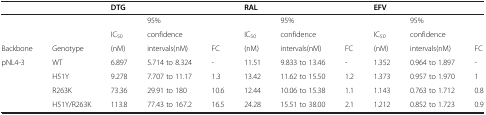
<table><thead><tr><td><b> </b></td><td><b> </b></td><td colspan="3"><b>DTG</b></td><td colspan="3"><b>RAL</b></td><td colspan="3"><b>EFV</b></td></tr></thead><tbody><tr><td> </td><td> </td><td> </td><td>95%</td><td> </td><td> </td><td>95%</td><td> </td><td> </td><td>95%</td><td> </td></tr><tr><td> </td><td> </td><td>IC<sub>50</sub></td><td>confidence</td><td> </td><td>IC<sub>50</sub></td><td>confidence</td><td> </td><td>IC<sub>50</sub></td><td>confidence</td><td> </td></tr><tr><td>Backbone</td><td>Genotype</td><td>(nM)</td><td>intervals(nM)</td><td>FC</td><td>(nM)</td><td>intervals(nM)</td><td>FC</td><td>(nM)</td><td>intervals(nM)</td><td>FC</td></tr><tr><td>pNL4-3</td><td>WT</td><td>6.897</td><td>5.714 to 8.324</td><td>-</td><td>11.51</td><td>9.833 to 13.46</td><td>-</td><td>1.352</td><td>0.964 to 1.897</td><td>-</td></tr><tr><td> </td><td>H51Y</td><td>9.278</td><td>7.707 to 11.17</td><td>1.3</td><td>13.42</td><td>11.62 to 15.50</td><td>1.2</td><td>1.373</td><td>0.957 to 1.970</td><td>1</td></tr><tr><td> </td><td>R263K</td><td>73.36</td><td>29.91 to 180</td><td>10.6</td><td>12.44</td><td>10.06 to 15.38</td><td>1.1</td><td>1.143</td><td>0.763 to 1.712</td><td>0.8</td></tr><tr><td> </td><td>H51Y/R263K</td><td>113.8</td><td>77.43 to 167.2</td><td>16.5</td><td>24.28</td><td>15.51 to 38.00</td><td>2.1</td><td>1.212</td><td>0.852 to 1.723</td><td>0.9</td></tr></tbody></table>